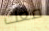
معك